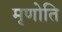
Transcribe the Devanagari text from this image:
मृणोति